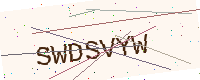
Text: SWDSVYW